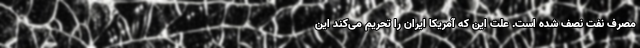
مصرف نفت نصف شده است. علت این که آمریکا ایران را تحریم می‌کند این